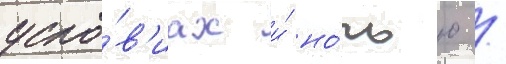
усло́в'иах и́ но́чью /